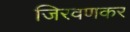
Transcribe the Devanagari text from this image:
जिरवणकर